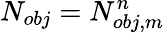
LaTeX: N_{obj}=N_{obj,m}^{n}